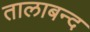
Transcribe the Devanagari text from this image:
तालाबन्द